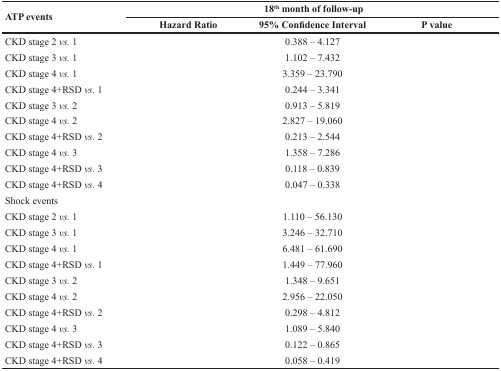
<table><thead><tr><td rowspan="2"><b>ATP events</b></td><td colspan="3"><b>18<sup>th</sup> month of follow-up</b></td></tr><tr><td><b>Hazard Ratio</b></td><td><b>95% Confidence Interval</b></td><td><b>P value</b></td></tr></thead><tbody><tr><td>CKD stage 2 <i>vs</i>. 1</td><td>[EMPTY_CELL]</td><td>0.388 – 4.127</td><td>[EMPTY_CELL]</td></tr><tr><td>CKD stage 3 <i>vs</i>. 1</td><td>[EMPTY_CELL]</td><td>1.102 – 7.432</td><td>[EMPTY_CELL]</td></tr><tr><td>CKD stage 4 <i>vs</i>. 1</td><td>[EMPTY_CELL]</td><td>3.359 – 23.790</td><td>[EMPTY_CELL]</td></tr><tr><td>CKD stage 4+RSD <i>vs</i>. 1</td><td>[EMPTY_CELL]</td><td>0.244 – 3.341</td><td>[EMPTY_CELL]</td></tr><tr><td>CKD stage 3 <i>vs</i>. 2</td><td>[EMPTY_CELL]</td><td>0.913 – 5.819</td><td>[EMPTY_CELL]</td></tr><tr><td>CKD stage 4 <i>vs</i>. 2</td><td>[EMPTY_CELL]</td><td>2.827 – 19.060</td><td>[EMPTY_CELL]</td></tr><tr><td>CKD stage 4+RSD <i>vs</i>. 2</td><td>[EMPTY_CELL]</td><td>0.213 – 2.544</td><td>[EMPTY_CELL]</td></tr><tr><td>CKD stage 4 <i>vs</i>. 3</td><td>[EMPTY_CELL]</td><td>1.358 – 7.286</td><td>[EMPTY_CELL]</td></tr><tr><td>CKD stage 4+RSD <i>vs</i>. 3</td><td>[EMPTY_CELL]</td><td>0.118 – 0.839</td><td>[EMPTY_CELL]</td></tr><tr><td>CKD stage 4+RSD <i>vs</i>. 4</td><td>[EMPTY_CELL]</td><td>0.047 – 0.338</td><td>[EMPTY_CELL]</td></tr><tr><td>Shock events</td><td>[EMPTY_CELL]</td><td>[EMPTY_CELL]</td><td>[EMPTY_CELL]</td></tr><tr><td>CKD stage 2 <i>vs</i>. 1</td><td>[EMPTY_CELL]</td><td>1.110 – 56.130</td><td>[EMPTY_CELL]</td></tr><tr><td>CKD stage 3 <i>vs</i>. 1</td><td>[EMPTY_CELL]</td><td>3.246 – 32.710</td><td>[EMPTY_CELL]</td></tr><tr><td>CKD stage 4 <i>vs</i>. 1</td><td>[EMPTY_CELL]</td><td>6.481 – 61.690</td><td>[EMPTY_CELL]</td></tr><tr><td>CKD stage 4+RSD <i>vs</i>. 1</td><td>[EMPTY_CELL]</td><td>1.449 – 77.960</td><td>[EMPTY_CELL]</td></tr><tr><td>CKD stage 3 <i>vs</i>. 2</td><td>[EMPTY_CELL]</td><td>1.348 – 9.651</td><td>[EMPTY_CELL]</td></tr><tr><td>CKD stage 4 <i>vs</i>. 2</td><td>[EMPTY_CELL]</td><td>2.956 – 22.050</td><td>[EMPTY_CELL]</td></tr><tr><td>CKD stage 4+RSD <i>vs</i>. 2</td><td>[EMPTY_CELL]</td><td>0.298 – 4.812</td><td>[EMPTY_CELL]</td></tr><tr><td>CKD stage 4 <i>vs</i>. 3</td><td>[EMPTY_CELL]</td><td>1.089 – 5.840</td><td>[EMPTY_CELL]</td></tr><tr><td>CKD stage 4+RSD <i>vs</i>. 3</td><td>[EMPTY_CELL]</td><td>0.122 – 0.865</td><td>[EMPTY_CELL]</td></tr><tr><td>CKD stage 4+RSD <i>vs</i>. 4</td><td>[EMPTY_CELL]</td><td>0.058 – 0.419</td><td>[EMPTY_CELL]</td></tr></tbody></table>